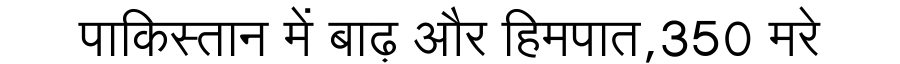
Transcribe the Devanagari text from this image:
पाकिस्तान में बाढ़ और हिमपात,350 मरे